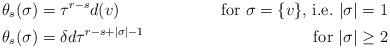
LaTeX: \begin{align*}\theta_s(\sigma)&=\tau^{r-s}d(v)&\mbox{for $\sigma=\{v\}$, i.e.\ $|\sigma|=1$}\\\theta_s(\sigma)&= \delta d\tau^{r-s+|\sigma|-1}&\mbox{for $|\sigma|\ge 2$}\\\end{align*}